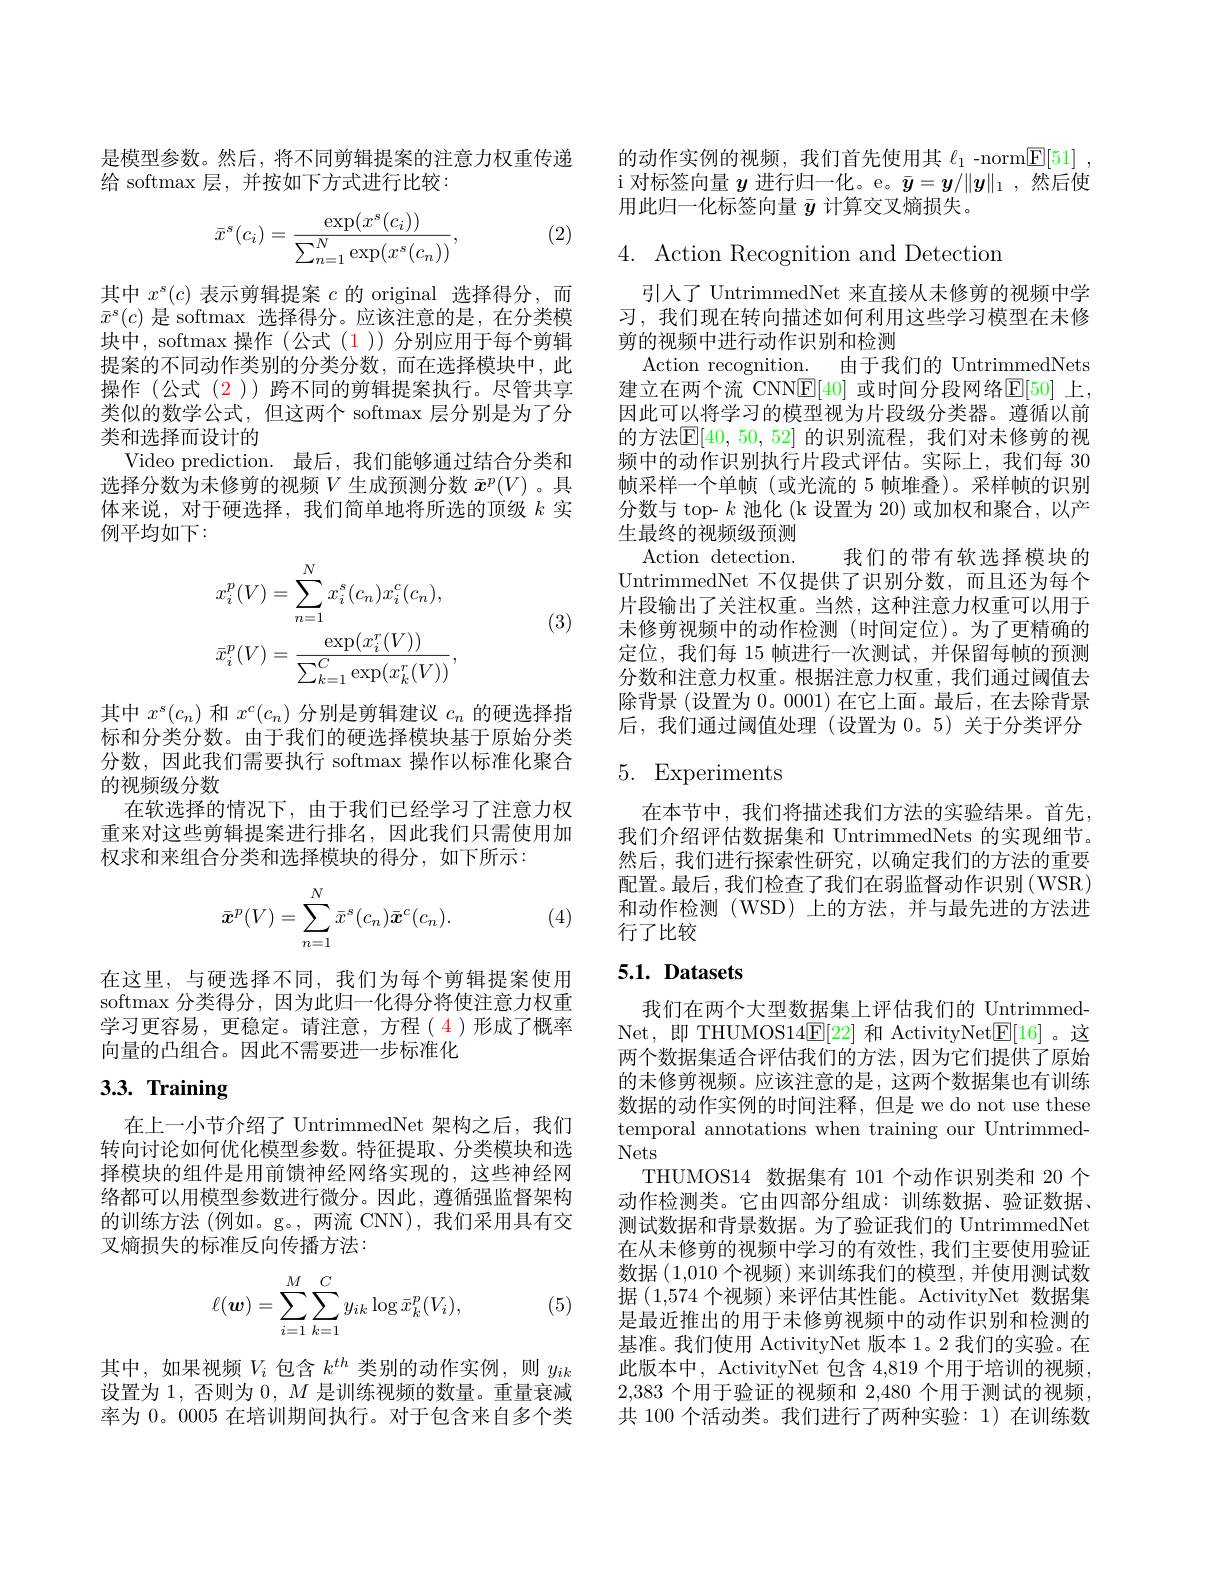
是模型参数。然后，将不同剪辑提案的注意力权重传递
给 softmax 层，并按如下方式进行比较：

(2)
$$\bar{x}^s(c_i)=\frac{\exp(x^s(c_i))}{\sum_{n=1}^N\exp(x^s(c_n))},$$
其中$x^s(c)$表示剪辑提案$c$的 original 选择得分，而$\bar{x}^\text{s}(c)$是 softmax 选择得分。应该注意的是，在分类模块中，softmax 操作(公式(1)) 分别应用于每个剪辑提案的不同动作类别的分类分数，而在选择模块中，此操作(公式(2))跨不同的剪辑提案执行。尽管共享类似的数学公式，但这两个 softmax 层分别是为了分类和选择而设计的
Video prediction. 最后，我们能够通过结合分类和选择分数为未修剪的视频$V$生成预测分数$\bar{x}^p(V)$ 。具体来说，对于硬选择，我们简单地将所选的顶级$k$实例平均如下：

(3)
$$\begin{aligned}&x_{i}^{p}(V)=\sum_{n=1}^{N}x_{i}^{s}(c_{n})x_{i}^{c}(c_{n}),\\&\bar{x}_{i}^{p}(V)=\frac{\exp(x_{i}^{r}(V))}{\sum_{k=1}^{C}\exp(x_{k}^{r}(V))},\end{aligned}$$
其中$x^s(c_n)$和$x^c(c_n)$分别是剪辑建议$c_n$的硬选择指标和分类分数。由于我们的硬选择模块基于原始分类分数，因此我们需要执行 softmax 操作以标准化聚合的视频级分数
在软选择的情况下，由于我们已经学习了注意力权重来对这些剪辑提案进行排名，因此我们只需使用加权求和来组合分类和选择模块的得分，如下所示：
$$\bar{\boldsymbol{x}}^p(V)=\sum_{n=1}^N\bar{x}^s(c_n)\bar{\boldsymbol{x}}^c(c_n).$$
(4)

在这里，与硬选择不同，我们为每个剪辑提案使用softmax 分类得分，因为此归一化得分将使注意力权重学习更容易，更稳定。请注意，方程(4)形成了概率向量的凸组合。因此不需要进一步标准化

# $3. 3. \textbf{ Training}$

在上一小节介绍了 UntrimmedNet 架构之后，我们转向讨论如何优化模型参数。特征提取、分类模块和选择模块的组件是用前馈神经网络实现的，这些神经网络都可以用模型参数进行微分。因此，遵循强监督架构的训练方法 (例如。g。,两流 CNN),我们采用具有交叉熵损失的标准反向传播方法：
$$\ell(\boldsymbol w)=\sum\limits_{i=1}^M\sum\limits_{k=1}^Cy_{ik}\log\bar x_k^p(V_i),$$
(5)

其中，如果视频$V_i$包含$k^th$类别的动作实例，则$y_{ik}$ 设置为 1, 否则为$0,M$是训练视频的数量。重量衰减率为 0。0005 在培训期间执行。对于包含来自多个类

的动作实例的视频，我们首先使用其$\ell_1$ -norm$\boxed{\mathrm{F} }[ 51]$ , i 对标签向量$y$进行归一化。e。$\bar{y}=y/\|y\|_1$ ,然后使用此归一化标签向量$\bar{y}$计算交叉熵损失。

4. Action Recognition and Detection

引人了 UntrimmedNet 来直接从未修剪的视频中学习，我们现在转向描述如何利用这些学习模型在未修剪的视频中进行动作识别和检测
Action recognition. 由于我们的 UntrimmedNets 建立在两个流 CNNE[40] 或时间分段网络$\mathbb{E}[50]$ 上， 因此可以将学习的模型视为片段级分类器。遵循以前的方法$\mathbb{E}[40,50,52]$ 的识别流程，我们对未修剪的视频中的动作识别执行片段式评估。实际上，我们每 30帧采样一个单帧(或光流的 5 帧堆叠)。采样帧的识别分数与 top- $k$池化 (k 设置为 20) 或加权和聚合，以产生最终的视频级预测
Action detection.
我们的带有软选择模块的
UntrimmedNet 不仅提供了识别分数，而且还为每个片段输出了关注权重。当然，这种注意力权重可以用于未修剪视频中的动作检测(时间定位)。为了更精确的定位，我们每 15 帧进行一次测试，并保留每帧的预测分数和注意力权重。根据注意力权重，我们通过阈值去除背景 (设置为 0。0001) 在它上面。最后，在去除背景后，我们通过阈值处理(设置为0。5)关于分类评分

## 5. Experiments

在本节中，我们将描述我们方法的实验结果。首先， 我们介绍评估数据集和 UntrimmedNets 的实现细节。然后，我们进行探索性研究，以确定我们的方法的重要配置。最后，我们检查了我们在弱监督动作识别(WSR) 和动作检测(WSD)上的方法，并与最先进的方法进行了比较

## 5.1. Datasets

我们在两个大型数据集上评估我们的 UntrimmedNet,即 THUMOS14$\mathbb{E}[22]$和 ActivityNet$\mathbb{E}[16]$。这两个数据集适合评估我们的方法，因为它们提供了原始的未修剪视频。应该注意的是，这两个数据集也有训练数据的动作实例的时间注释，但是 we do not use these temporal annotations when training our UntrimmedNets
THUMOS14 数据集有 101 个动作识别类和 20 个动作检测类。它由四部分组成：训练数据、验证数据、 测试数据和背景数据。为了验证我们的 UntrimmedNet 在从未修剪的视频中学习的有效性，我们主要使用验证数据 (1,010 个视频) 来训练我们的模型，并使用测试数据(1,574个视频)来评估其性能。ActivityNet 数据集是最近推出的用于未修剪视频中的动作识别和检测的基准。我们使用 ActivityNet 版本 1。2 我们的实验。在此版本中，ActivityNet 包含 4,819 个用于培训的视频， 2,383个用于验证的视频和 2,480 个用于测试的视频， 共 100 个活动类。我们进行了两种实验：1) 在训练数